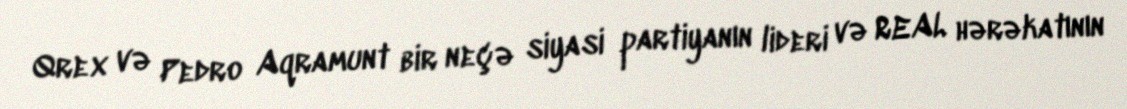
Qrex və Pedro Aqramunt bir neçə siyasi partiyanın lideri və REAL hərəkatının